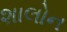
શાલોન